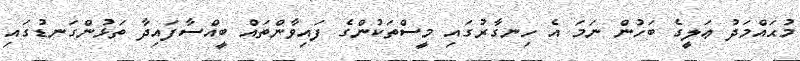
މުޙައްމަދު ޢަލީގެ ބަހުން ނަމަ އެ ހިނގާރުގައި މީސްތަކުންގެ ފައިވާންތައް ބީއްސާފައިދާ ތަޅުންގަނޑުގައި